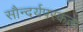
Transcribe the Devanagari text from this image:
सौन्दर्यपरकता